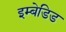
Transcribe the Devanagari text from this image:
इम्बेडिड